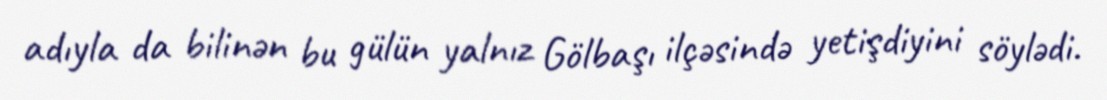
adıyla da bilinən bu gülün yalnız Gölbaşı ilçəsində yetişdiyini söylədi.